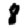
Digit: 8